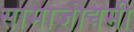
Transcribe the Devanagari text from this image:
सामाजोद्यमी